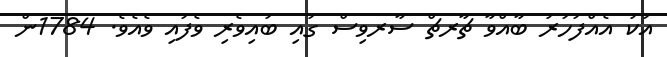
އަކު އެއްފަހަރު ބާއްވާ ޗާރޗް ސާރވިސް ގައި ބައިވެރި ވެފައި ވެއެވެ. 1784ން